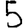
Digit: 5